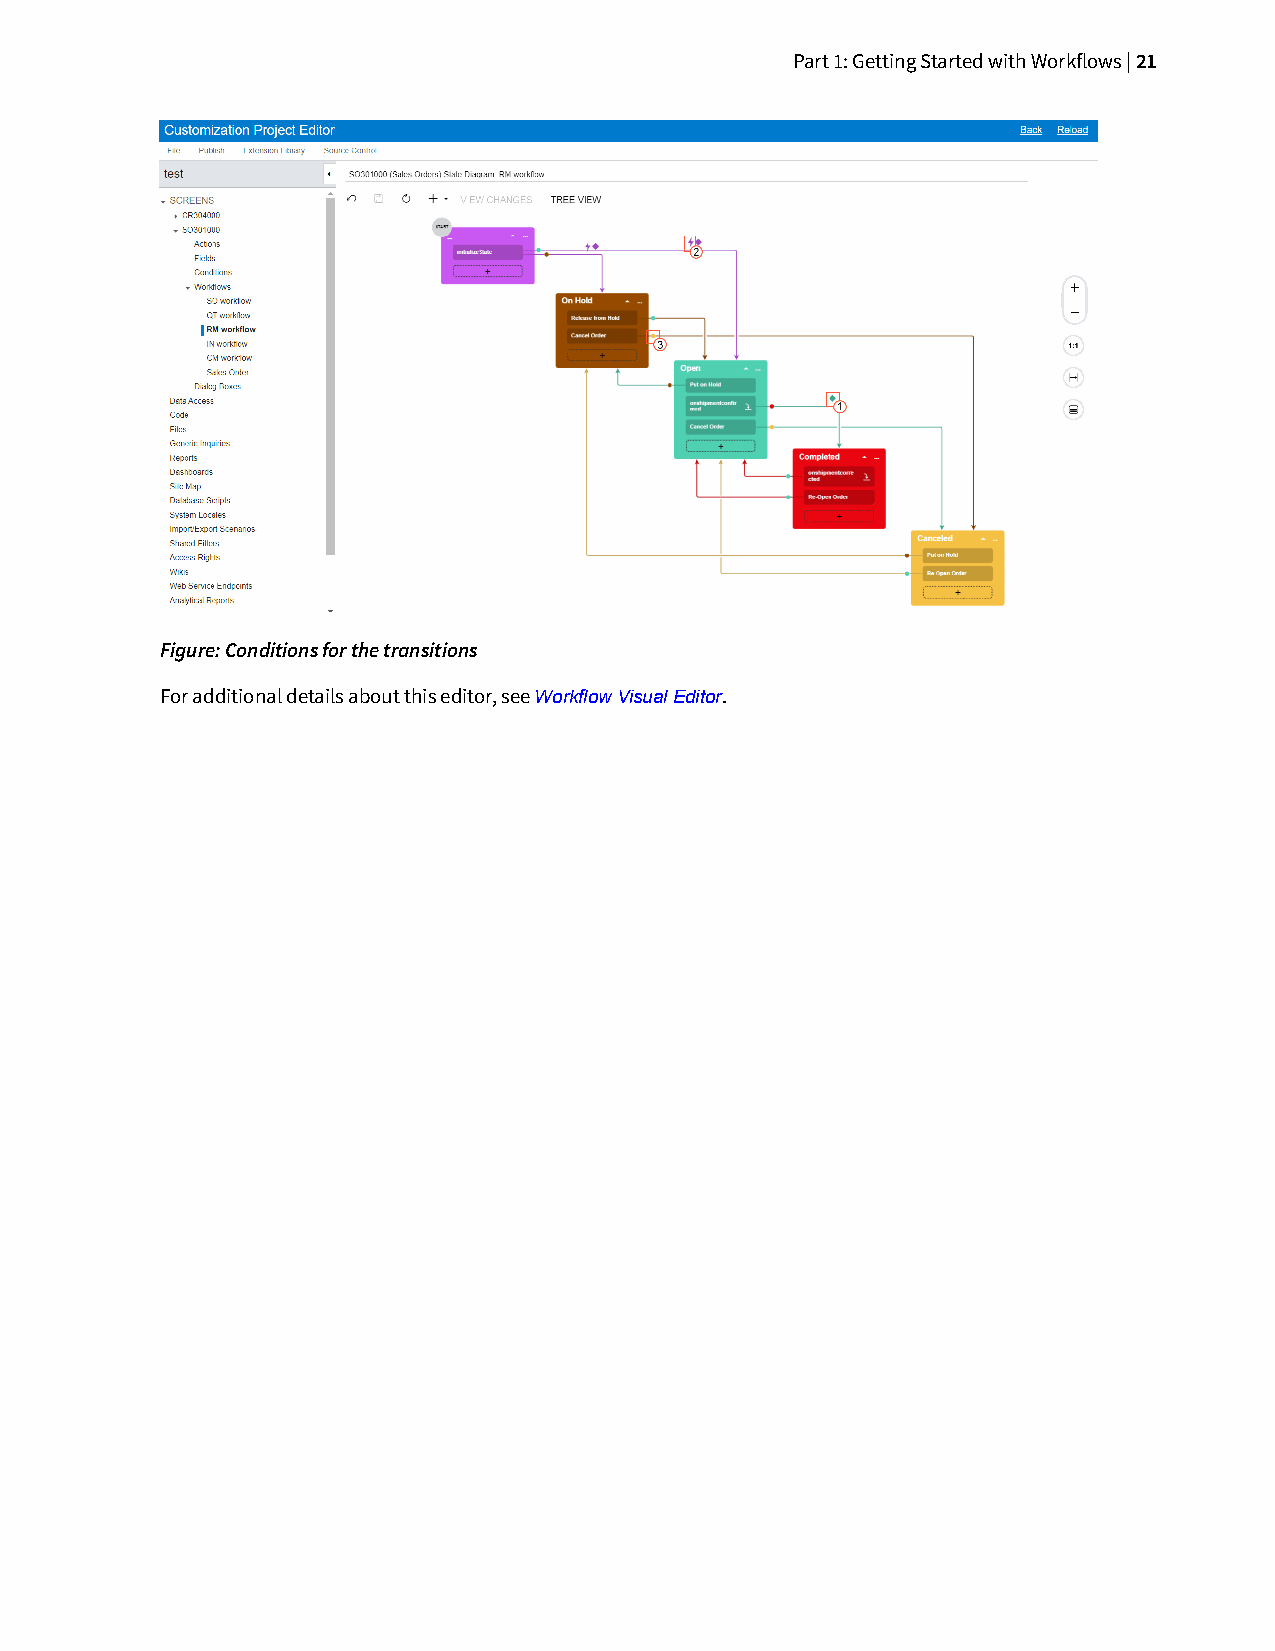
Part 1: Getting Started with Workflows | 21
 Figure: Conditions for the transitions
 For additional details about this editor, see Workflow Visual Editor.